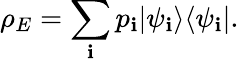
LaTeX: \rho_{E}=\sum_{\mathbf{i}}p_{\mathbf{i}}|\psi_{\mathbf{i}}\rangle\langle\psi_{\mathbf{i}}|.